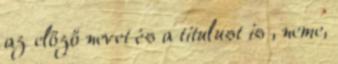
az előző nevet és a titulust is , neme,